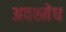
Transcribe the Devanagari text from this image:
अवश्मेध